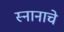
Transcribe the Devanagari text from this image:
स्नानाचे